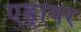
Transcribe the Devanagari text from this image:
एड्रायर